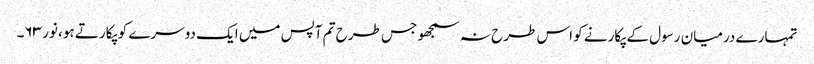
تمہارے درمیان رسول کے پکارنے کو اس طرح نہ سمجھو جس طرح تم آپس میں ایک دوسرے کو پکارتے ہو، نور ۶۳۔